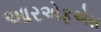
આરએફએસ